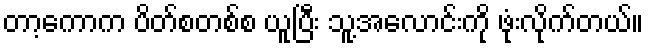
တာ့ကောက ပိတ်စတစ်စ ယူပြီး သူ့အလောင်းကို ဖုံးလိုက်တယ်။